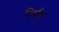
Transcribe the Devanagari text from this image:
निर्भयं